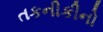
તકનીકીનો